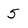
Character: 5